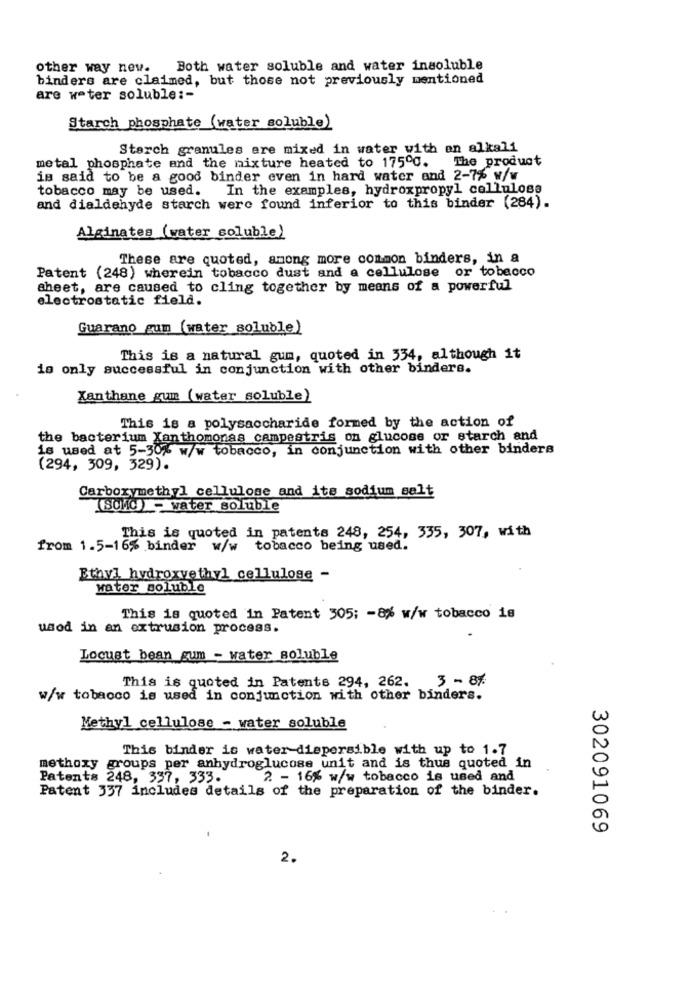
other way new. Both water soluble and water insoluble
binders are claimed, but those not previously mentioned
are water soluble :-
Starch phosphate (water soluble)
Starch granules ere mixed in water with an alkali
metal phosphate and the mixture heated to 17500. The product
is said to be a good binder even in hard water and 2-7% w/w
tobacco may be used. In the examples, hydroxpropyl celluloss
and dialdehyde starch were found inferior to this binder (284).
Alginates (water soluble)
These are quoted, among more common binders, in a
Patent (248) wherein tobacco dust and a cellulose or tobacco
aheet, are caused to cling together by means of a powerful
electrostatic field.
Guarano gum (water soluble)
This is a natural gum, quoted in 334, although it
is only successful in conjunction with other binders.
Xanthane gum (water soluble)
This is a polysaccharide formed by the action of
the bacterium Xanthomonas campestris on glucose or starch and
is used at 5-30% w/w tobacco, in conjunction with other binders
(294, 309, 329).
Carboxymethyl cellulose and its sodium selt
(80M0) - water soluble
This is quoted in patents 248, 254, 335, 307, with
from 1.5-16% binder
w/w tobacco being used.
Ethvi hydroxyethyl cellulose -
water soluble
This is quoted in Patent 305: - 8% w/w tobacco is
usod in an extrusion process.
Locust bean gum - water soluble
3 - 8%
This is quoted in Patents 294, 262.
w/w tobacco is used in conjunction with other binders.
Methyl cellulose - water soluble
This binder is water dispersible with up to 1.7
methoxy groups per anhydroglucose unit and is thus quoted in
Patents 248, 337, 333.
2 - 16% w/w tobacco is used and
Patent 337 includes details of the preparation of the binder.
302091069
2.